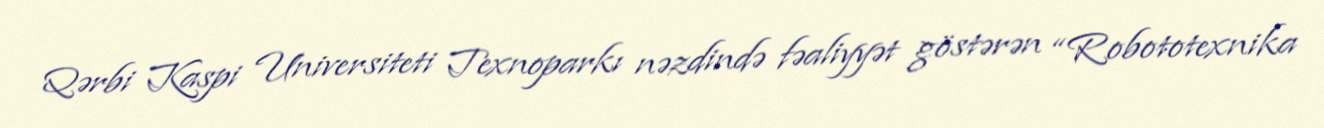
Qərbi Kaspi Universiteti Texnoparkı nəzdində fəaliyyət göstərən “Robototexnika